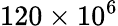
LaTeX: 120\times 10^{6}